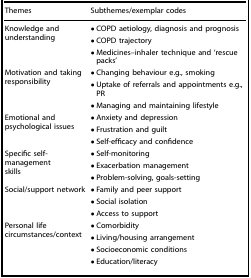
<table><thead><tr><td><b>Themes</b></td><td><b>Subthemes/exemplar codes</b></td></tr></thead><tbody><tr><td rowspan="3">Knowledge and understanding</td><td>• COPD aetiology, diagnosis and prognosis</td></tr><tr><td>• COPD trajectory</td></tr><tr><td>• Medicines–inhaler technique and ‘rescue packs’</td></tr><tr><td rowspan="3">Motivation and taking responsibility</td><td>• Changing behaviour e.g., smoking</td></tr><tr><td>• Uptake of referrals and appointments e.g., PR</td></tr><tr><td>• Managing and maintaining lifestyle</td></tr><tr><td rowspan="3">Emotional and psychological issues</td><td>• Anxiety and depression</td></tr><tr><td>• Frustration and guilt</td></tr><tr><td>• Self-efficacy and confidence</td></tr><tr><td rowspan="3">Specific self-management skills</td><td>• Self-monitoring</td></tr><tr><td>• Exacerbation management</td></tr><tr><td>• Problem-solving, goals-setting</td></tr><tr><td rowspan="3">Social/support network</td><td>• Family and peer support</td></tr><tr><td>• Social isolation</td></tr><tr><td>• Access to support</td></tr><tr><td rowspan="4">Personal life circumstances/context</td><td>• Comorbidity</td></tr><tr><td>• Living/housing arrangement</td></tr><tr><td>• Socioeconomic conditions</td></tr><tr><td>• Education/literacy</td></tr></tbody></table>